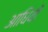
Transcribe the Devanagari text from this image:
आधियों